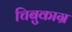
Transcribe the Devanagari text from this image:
चिबुकाग्र